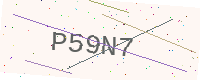
Text: P59N7